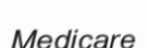
Medicare